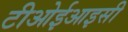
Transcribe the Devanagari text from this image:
टीओईआइसी